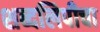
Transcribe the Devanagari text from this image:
शब्दलिपीचा